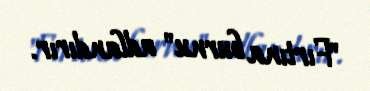
"Fırtına burnu" adlandırır.